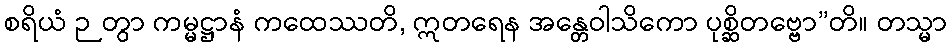
စရိယံ ဉတွာ ကမ္မဋ္ဌာနံ ကထေဿတိ, ဣတရေန အန္တေဝါသိကော ပုစ္ဆိတဗ္ဗော”တိ။ တသ္မာ